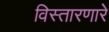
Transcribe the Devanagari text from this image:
विस्तारणारे